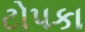
ટોપકા